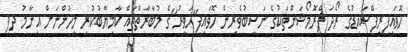
ހޮވައިފިރީފްސައިޑުގެ ރޯދަ ޕްރޮމޯޝަންތަކުގެ ނަސީބުވެރިން ހޮވައިފި"ހަވީރު"ގެ މުބާރާތްތައް ކާމިޔާބުކުރި މީހުންނަށް އިނާމު ދީފި